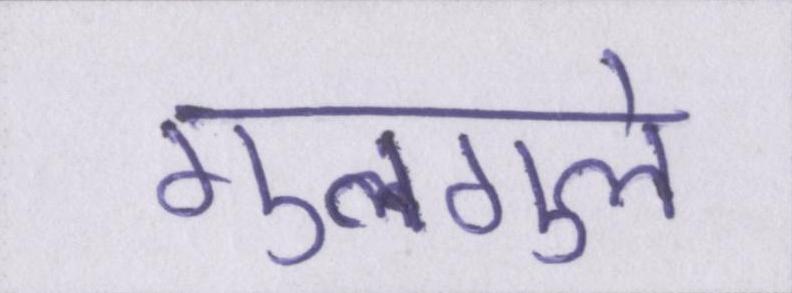
गुलगुले